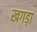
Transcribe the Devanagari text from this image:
खगड़ा